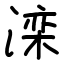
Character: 滦